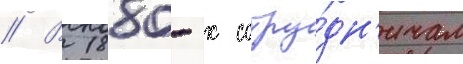
// В 1880-х сотру́дн'ичал